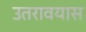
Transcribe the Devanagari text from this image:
उतरावयास